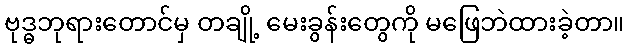
ဗုဒ္ဓဘုရားတောင်မှ တချို့ မေးခွန်းတွေကို မဖြေဘဲထားခဲ့တာ။